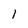
Character: l